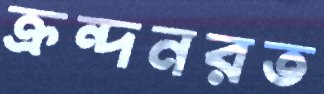
ক্রন্দনরত